Scientific memoirs by medical officers of the Army of India - Part X,
Year: 1897
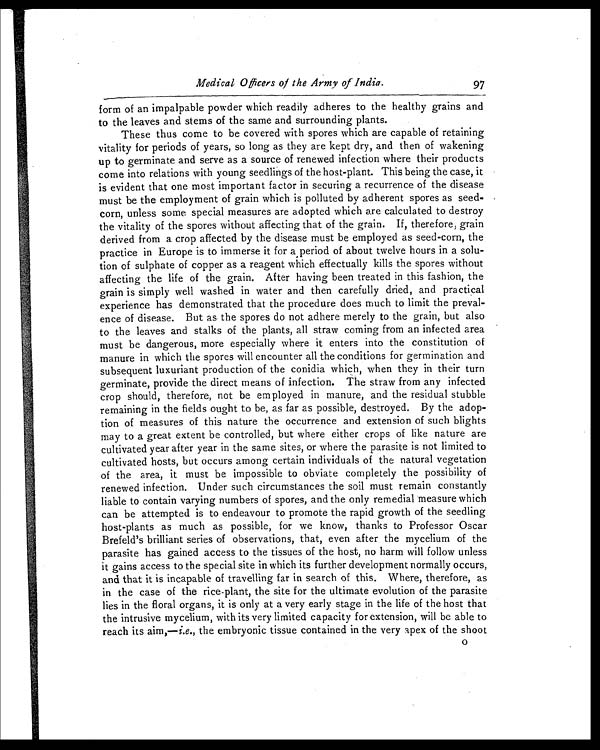
Medical Officers of the Army of India.
97
form of an impalpable powder which readily adheres to the healthy grains and
to the leaves and stems of the same and surrounding plants.
These thus come to be covered with spores which are capable of retaining
vitality for periods of years, so long as they are kept dry, and then of wakening
up to germinate and serve as a source of renewed infection where their products
come into relations with young seedlings of the host-plant. This being the case, it
is evident that one most important factor in securing a recurrence of the disease
must be the employment of grain which is polluted by adherent spores as seed-
corn, unless some special measures are adopted which are calculated to destroy
the vitality of the spores without affecting that of the grain. If, therefore, grain
derived from a crop affected by the disease must be employed as seed-corn, the
practice in Europe is to immerse it for a period of about twelve hours in a solu
-
tion of sulphate of copper as a reagent which effectually kills the spores without
affecting the life of the grain. After having been treated in this fashion, the
grain is simply well washed in water and then carefully dried, and practical
experience has demonstrated that the procedure does much to limit the preval
-
ence of disease. But as the spores do not adhere merely to the grain, but also
to the leaves and stalks of the plants, all straw coming from an infected area
must be dangerous, more especially where it enters into the constitution of
manure in which the spores will encounter all the conditions for germination and
subsequent luxuriant production of the conidia which, when they in their turn
germinate, provide the direct means of infection. The straw from any infected
crop should, therefore, not be employed in manure, and the residual stubble
remaining in the fields ought to be, as far as possible, destroyed. By the adop
-
tion of measures of this nature the occurrence and extension of such blights
may to a great extent be controlled, but where either crops of like nature are
cultivated year after year in the same sites, or where the parasite is not limited to
cultivated hosts, but occurs among certain individuals of the natural vegetation
of the area, it must be impossible to obviate completely the possibility of
renewed infection. Under such circumstances the soil must remain constantly
liable to contain varying numbers of spores, and the only remedial measure which
can be attempted is to endeavour to promote the rapid growth of the seedling
host-plants as much as possible, for we know, thanks to Professor Oscar
Brefeld's brilliant series of observations, that, even after the mycelium of the
parasite has gained access to the tissues of the host, no harm will follow unless
it gains access to the special site in which its further development normally occurs,
and that it is incapable of travelling far in search of this. Where, therefore, as
in the case of the rice-plant, the site for the ultimate evolution of the parasite
lies in the floral organs, it is only at a very early stage in the life of the host that
the intrusive mycelium, with its very limited capacity for extension, will be able to
reach its aim,— i.e., the embryonic tissue contained in the very apex of the shoot
O